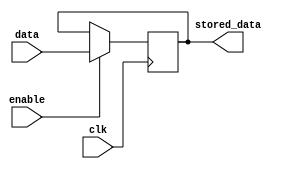
module transparent_latch(
    input data,
    input enable,
    input clk,
    output reg stored_data
);

always @(posedge clk) begin
    if(enable)
        stored_data <= data;
end

endmodule